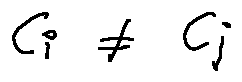
c _ { i } \neq c _ { j }